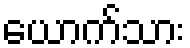
ယောက်သား